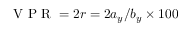
\mathrm { ~ V ~ P ~ R ~ } = 2 r = 2 a _ { y } / b _ { y } \times 1 0 0 \